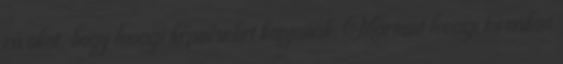
rá okot, hogy lovagi képzéseket kapjanak. Mármint lovagi tornákon